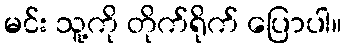
မင်း သူ့ကို တိုက်ရိုက် ပြောပါ။